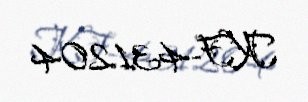
KF-431204